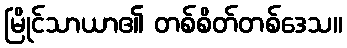
မြိုင်သာယာ၏ တစ်စိတ်တစ်ဒေသ။